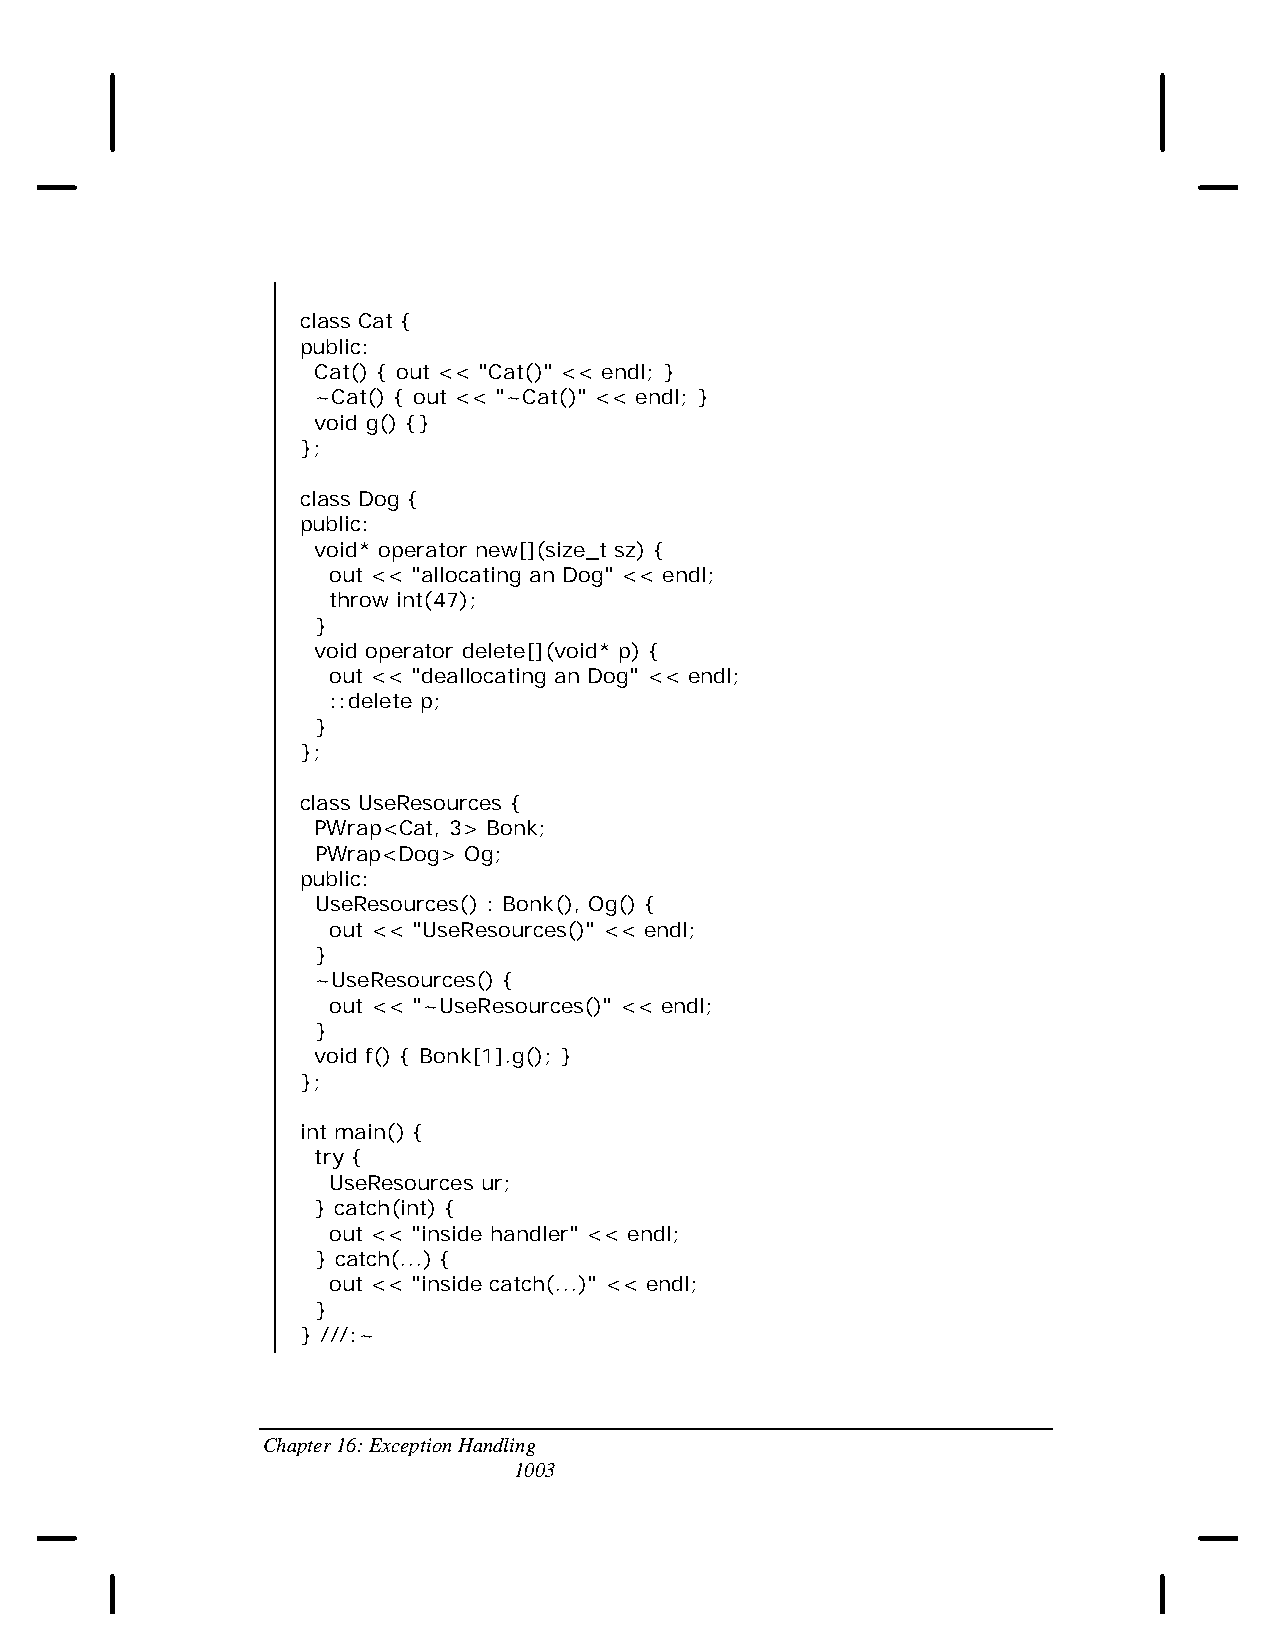
class Cat {
 public:
 Cat() { out << "Cat()" << endl; }
 ~Cat() { out << "~Cat()" << endl; }
 void g() {}
 };
 class Dog {
 public:
 void* operator new[](size_t sz) {
 out << "allocating an Dog" << endl;
 throw int(47);
 }
 void operator delete[](void* p) {
 out << "deallocating an Dog" << endl;
 ::delete p;
 }
 };
 class UseResources {
 PWrap<Cat, 3> Bonk;
 PWrap<Dog> Og;
 public:
 UseResources() : Bonk(), Og() {
 out << "UseResources()" << endl;
 }
 ~UseResources() {
 out << "~UseResources()" << endl;
 }
 void f() { Bonk[1].g(); }
 };
 int main() {
 try {
 UseResources ur;
 } catch(int) {
 out << "inside handler" << endl;
 } catch(...) {
 out << "inside catch(...)" << endl;
 }
 } ///:~
 Chapter 16: Exception Handling
 1003